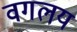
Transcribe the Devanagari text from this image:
वगलय